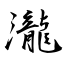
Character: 瀧